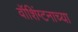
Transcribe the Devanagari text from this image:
वॉशिंग्टनाच्या